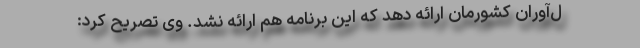
ل‌آوران کشورمان ارائه دهد که این برنامه هم ارائه نشد. وی تصریح کرد: